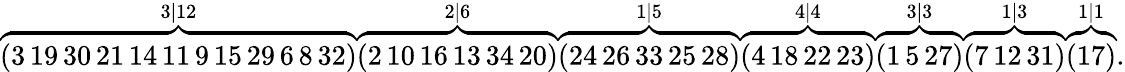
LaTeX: \begin{array}{r}{\overbrace{(3\thinspace 19\thinspace 30\thinspace 21\thinspace 14\thinspace 11\thinspace 9\thinspace 15\thinspace 29\thinspace 6\thinspace 8\thinspace 32)}^{3|12}\overbrace{(2\thinspace 10\thinspace 16\thinspace 13\thinspace 34\thinspace 20)}^{2|6}\overbrace{(24\thinspace 26\thinspace 33\thinspace 25\thinspace 28)}^{1|5}\overbrace{(4\thinspace 18\thinspace 22\thinspace 23)}^{4|4}\overbrace{(1\thinspace 5\thinspace 27)}^{3|3}\overbrace{(7\thinspace 12\thinspace 31)}^{1|3}\overbrace{(17)}^{1|1}.}\end{array}